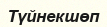
Түйнекшөп